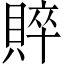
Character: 賥